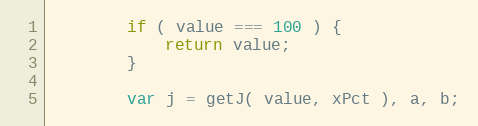
Language: JavaScript
        if ( value === 100 ) {
            return value;
        }

        var j = getJ( value, xPct ), a, b;